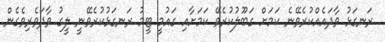
ރަނގަޅު ވާދައެއްކުރެވޭނެ ކަމަށް ގަބޫލުކުރެވޭ ކަމަށާއި ގައުމީ ޓީމު ރަނގަޅުކުރެވޭނީ ލީގު ވާދަވެރިވެގެން